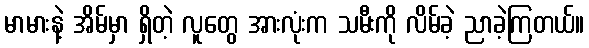
မာမားနဲ့ အိမ်မှာ ရှိတဲ့ လူတွေ အားလုံးက သမီးကို လိမ်ခဲ့ ညာခဲ့ကြတယ်။